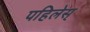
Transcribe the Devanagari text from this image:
पहिलेस्